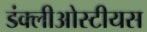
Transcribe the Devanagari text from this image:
डंक्लीओस्टीयस